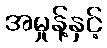
အမှုန့်နှင့်